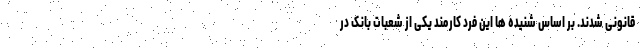
قانونی شدند. بر اساس شنیده ها این فرد کارمند یکی از شعبات بانک در